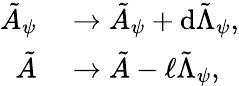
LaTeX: \begin{array}{rl}{\tilde{A}_{\psi}}&{{}\to\tilde{A}_{\psi}+\mathrm{d}\tilde{\Lambda}_{\psi},}\\ {\tilde{A}}&{{}\to\tilde{A}-\ell\tilde{\Lambda}_{\psi},}\end{array}